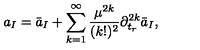
a _ { I } = \bar { a } _ { I } + \sum _ { k = 1 } ^ { \infty } { \frac { \mu ^ { 2 k } } { ( k ! ) ^ { 2 } } } \partial _ { t _ { r } } ^ { 2 k } \bar { a } _ { I } ,